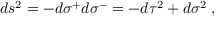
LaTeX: d s ^ { 2 } = - d \sigma ^ { + } d \sigma ^ { - } = - d \tau ^ { 2 } + d \sigma ^ { 2 } \; ,